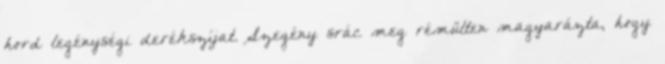
hord legénységi derékszíjat. Szegény srác meg rémülten magyarázta, hogy